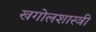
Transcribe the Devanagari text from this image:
खगोलशास्‍त्री